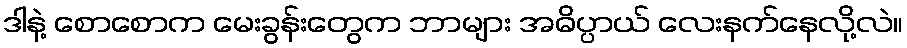
ဒါနဲ့ စောစောက မေးခွန်းတွေက ဘာများ အဓိပ္ပာယ် လေးနက်နေလို့လဲ။